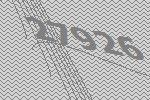
27926